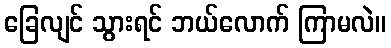
ခြေလျင် သွားရင် ဘယ်လောက် ကြာမလဲ။